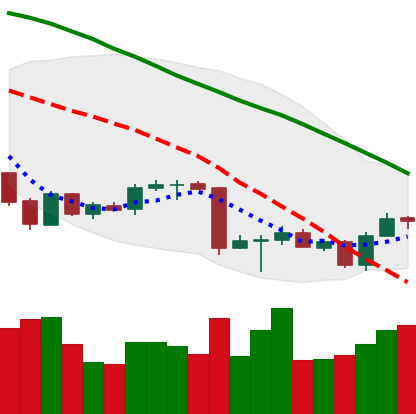
Ticker: BTC-USD
Chart end date: 2018-07-01
Forward return: 4.505%
Label: up_3_5